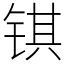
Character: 𫓹